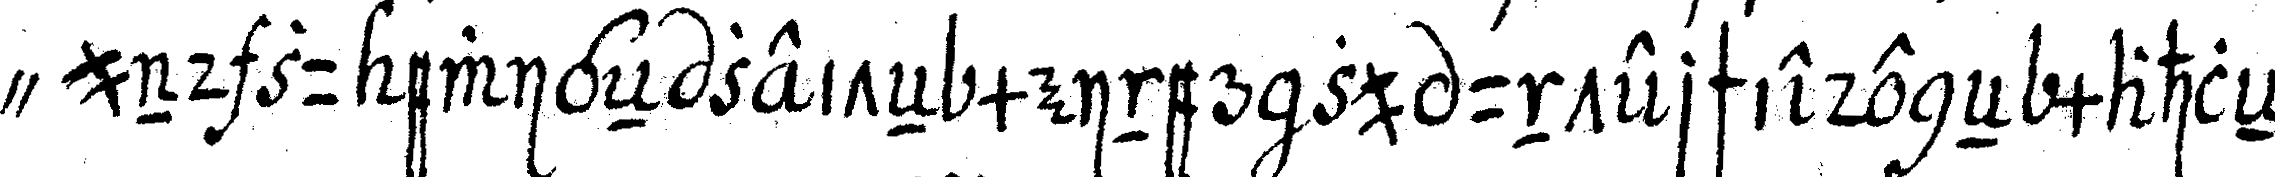
" und zu ewigeN zeiteN meiner zu unterschiedeneN mahleN